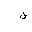
Letter: _fa